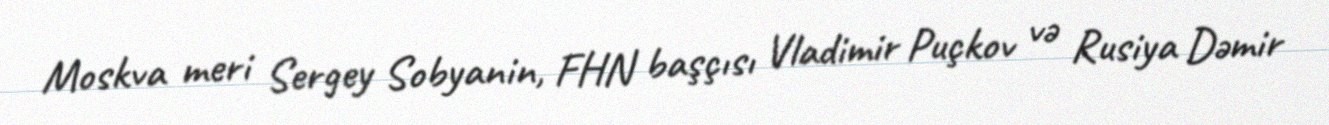
Moskva meri Sergey Sobyanin, FHN başçısı Vladimir Puçkov və Rusiya Dəmir